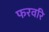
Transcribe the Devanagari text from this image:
फरवरि